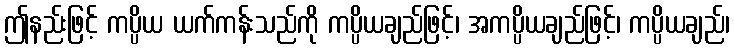
ဤနည်းဖြင့် ကပ္ပိယ ယက်ကန်းသည်ကို ကပ္ပိယချည်ဖြင့်၊ အကပ္ပိယချည်ဖြင့်၊ ကပ္ပိယချည်၊